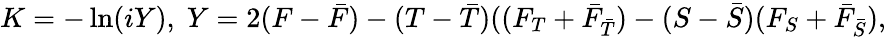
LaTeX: K=-\ln(iY),\; Y=2(F-{\bar{F}})-(T-{\bar{T}})((F_{T}+{\bar{F}}_{\bar{T}})-(S-{\bar{S}})(F_{S}+{\bar{F}}_{\bar{S}}),